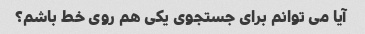
آیا می توانم برای جستجوی یکی هم روی خط باشم؟